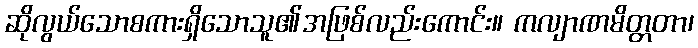
ဆိုလွယ်သောစကားရှိသောသူ၏အဖြစ်လည်းကောင်း။ ကလျာဏမိတ္တတာ၊